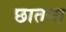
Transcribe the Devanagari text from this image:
छातना